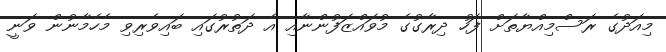
މިއަދުގެ ރަސްމިއްޔާތަށް ފަހު ދިރާގުގެ މުވައްޒަފުންނާއި އެ ދަތުރުގައި ބައިވެރިވި މެހެމާނުން ވަނީ